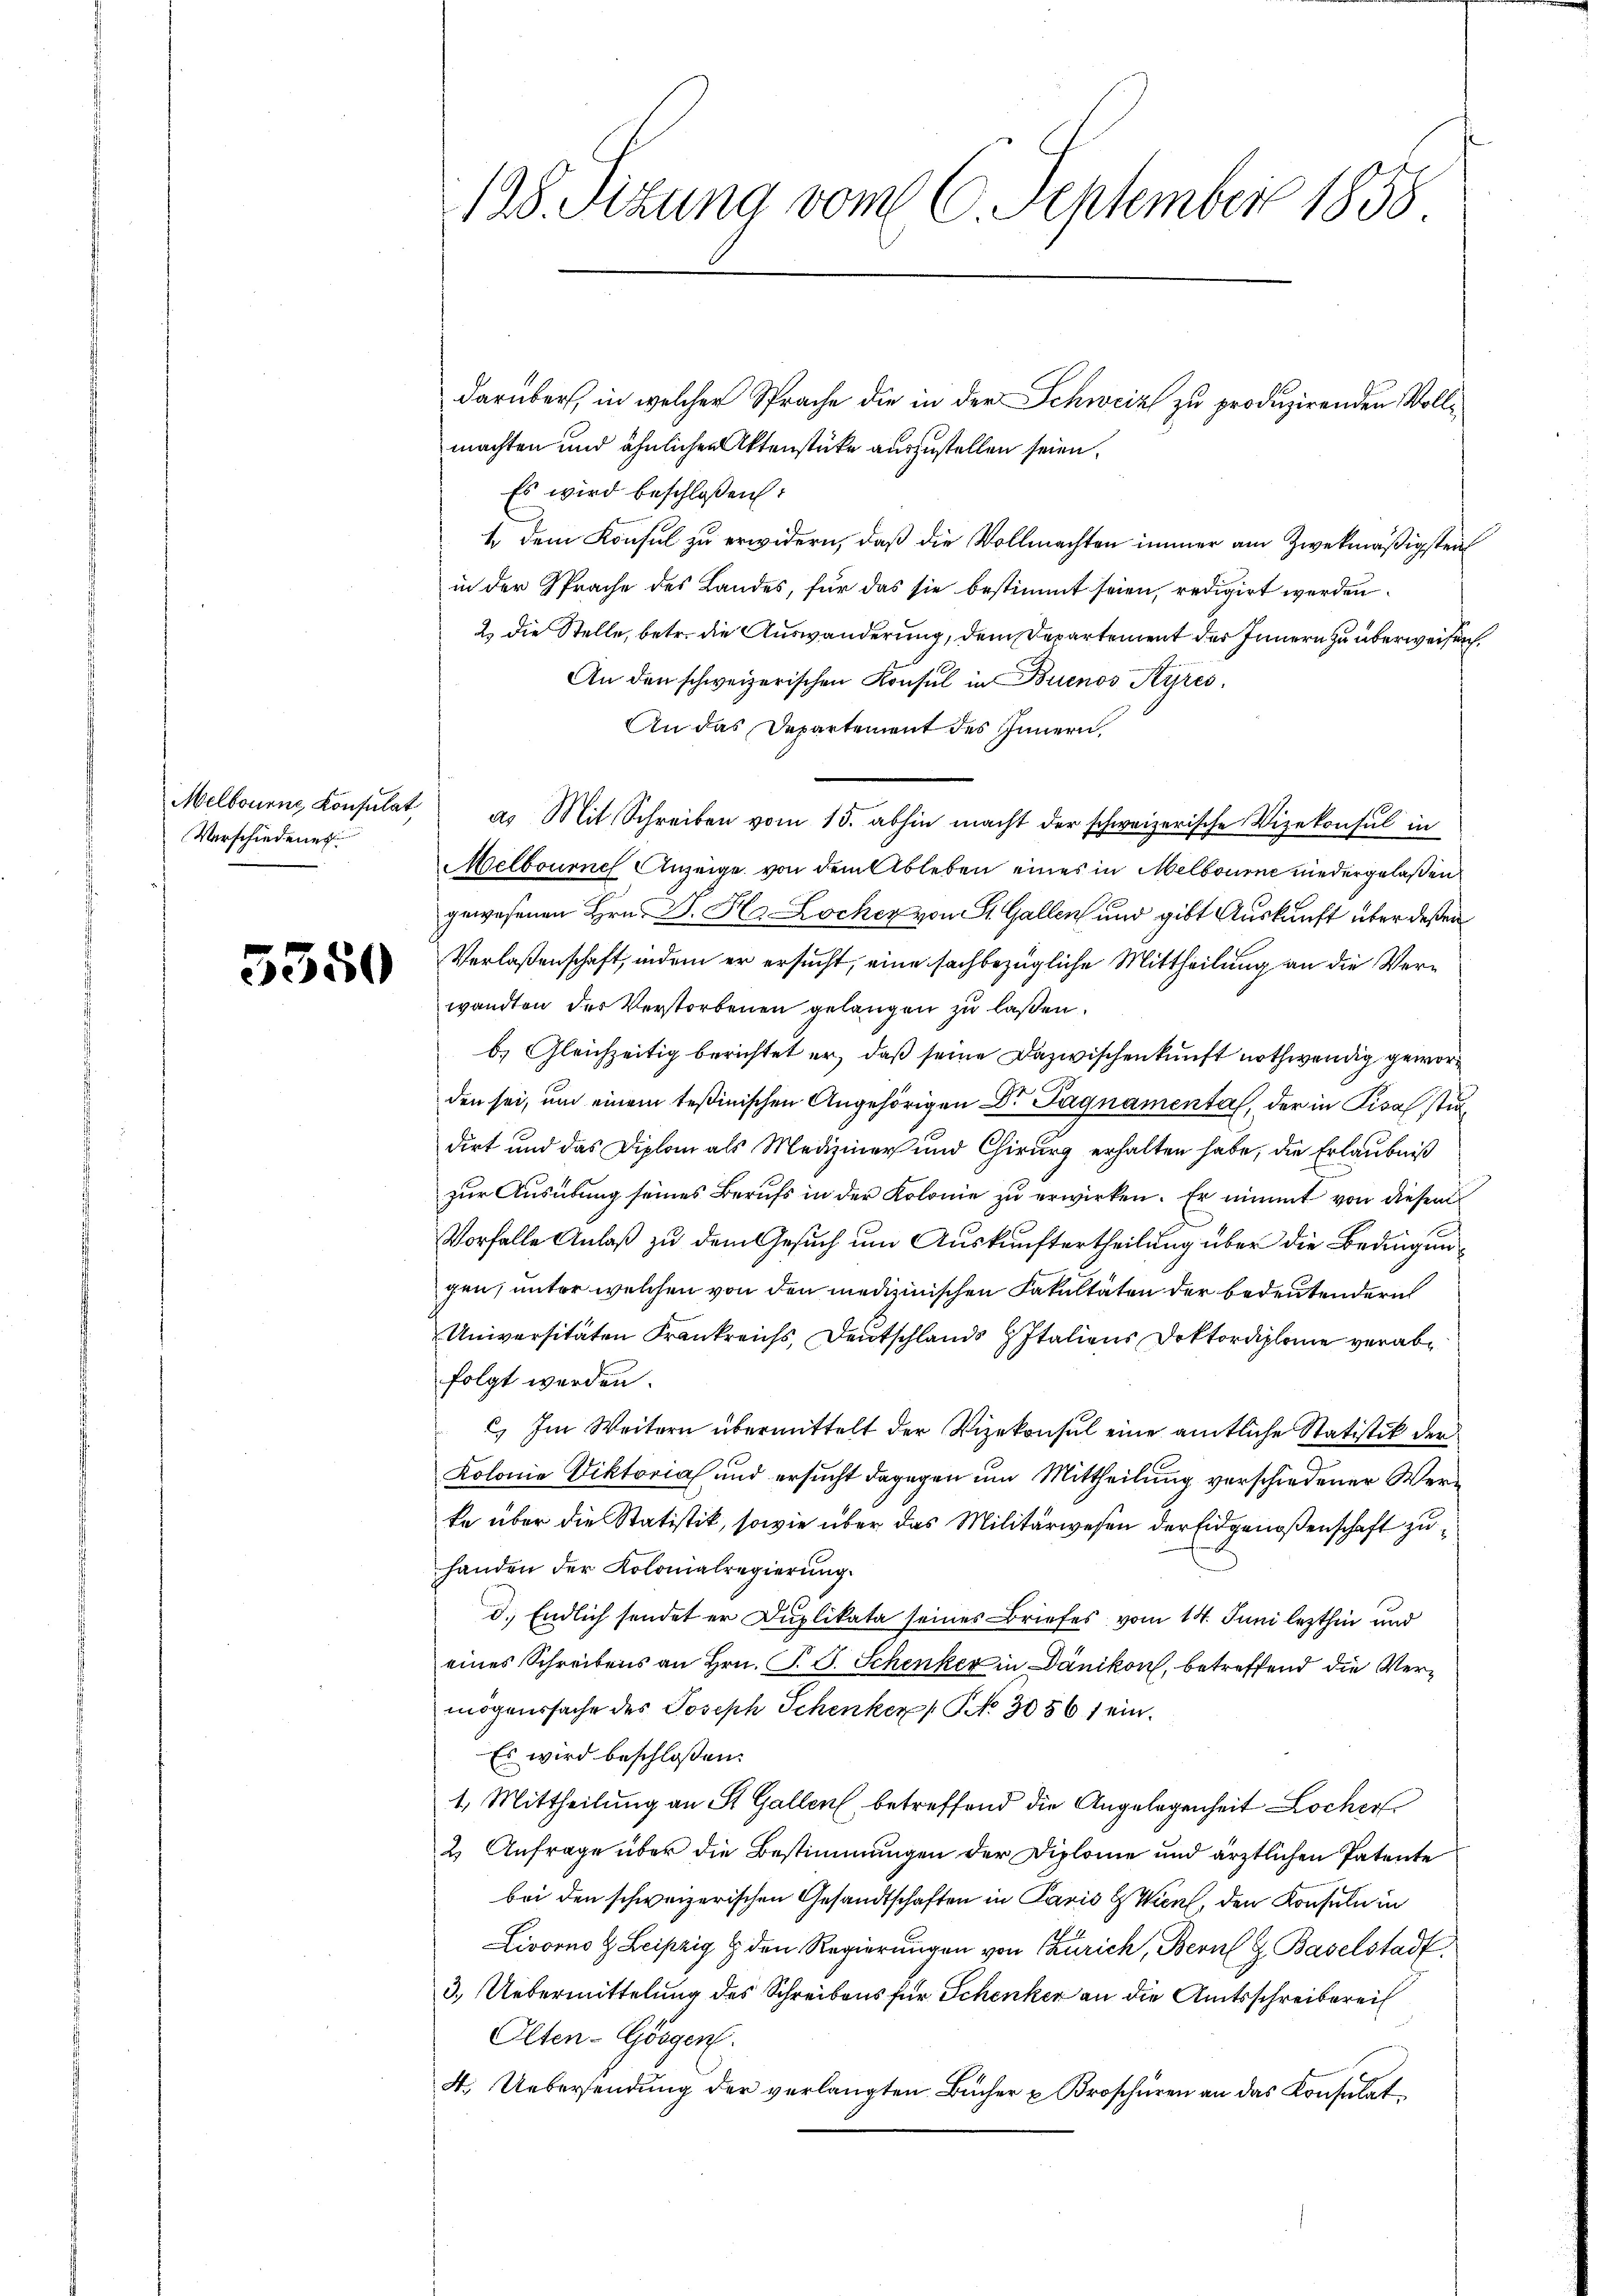
Melbourne Konsulat
Verschiedenes

5350

128. Sizung vom 6. September 1858

darüber, in welcher Sprache die in der Schweiz zu produzirenden Vollmachten und ähnlichen Aktenstücke auszustellen seien.
Es wird beschloßen:
4 dem Konsul zu erwidern, daß die Vollmachten immer am Zweckmäßigsten
in der Sprache des Landes, für das sie bestimmt seien, redigirt werden.
2. Die Stelle, betr. die Auswanderung, dem Departement der Innern zu überweisen.
An den schweizerischen Konsul in Buenos Ayres,
An das Departement des Innern,
a. Mit Schreiben vom 15. abhin macht der schweizerische Vizekonsul in
Melbourne Anzeige von dem Ableben eines in Melbourne niedergelaßen
gewesenen Hrn. Dr. Ha Locher von St. Gallen und gibt Auskunft über deßen
Verlaßenschaft, indem er ersucht, eine sachbezügliche Mittheilung an die Verwandten der Verstorbenen gelangen zu lassen.
b. Gleichzeitig berichtet er, daß seine Dazwischenkunft nothwendig geworden sei, um einem Teßinischen Angehörigen Dr. Pagnamental, der in Pira stidirt und das Diplom als Mediziner und Chirurg erhalten habe, die Erlaubniß
zur Ausübung seines Berufs in der Kolonie zu erwirken. Er nimmt von diesem
Vorfalle Anlaß zu dem Gesuch um Auskunftertheilung über die Bedingungen, unter welchen von den medizinischen Fakultäten der bedeutendern
Universitäten Frankreichs, Deutschlands z Italiens Doktordiplome verabfolgt werden.
C) Im Weitern übermittelt der Vizekonsul eine amtliche Statistik der
Kolonie Viktorial und ersucht dagegen um Mittheilung verschiedener Werte über die Statistik, sowie über das Militärwesen der Eidgenoßenschaft zuhanden der Kolonialregierung.
d. Endlich sendet er Duplikata seines Briefes vom 14. Juni lezthin und
eines Schreibens an Hrn. P. J. Schenker in Dänikon, betreffend die Vermögenssache des Joseph Schenker  NNo. 30561 ein.
Es wird beschloßen:
1. Mittheilung an St. Gallen betreffend die Angelegenheit Locher
2 Anfrage über die Bestimmungen der Diplome und ärztlichen Patente
bei den schweizerischen Gesandtschaften in Paris & Wien, den Konsuln in
Livorno & Leipzig & den Regierŭngen von Zürich, Bern H. Baselstadt
3.) Uebermittelung des Schreibens für Schenker an die Amtsschreibereit
Olten-Gösgen
4. Uebersendung der verlangten Bücher u Broschüren an das Consulat¬